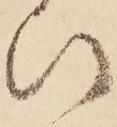
ひ